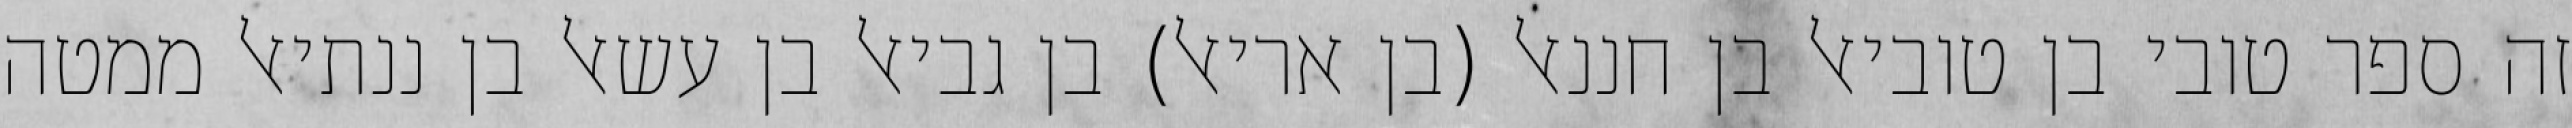
זה ספר טובי בן טוביאל בן חננאל (בן אריאל) בן גביאל בן עשאל בן ננתיאל ממטה